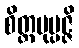
စိတ္တမုပ္ပဇ္ဇိ